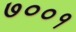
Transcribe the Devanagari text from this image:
७००१